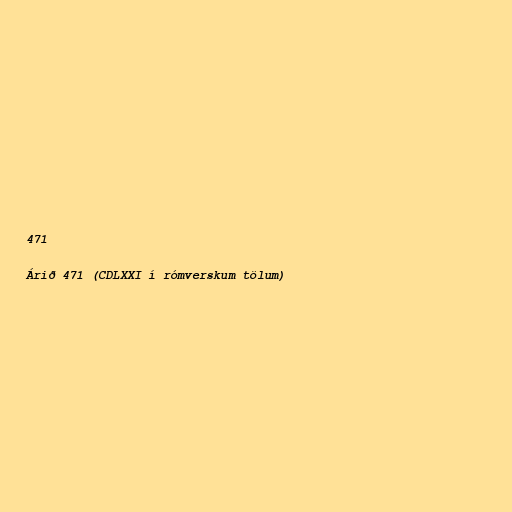
471

Árið 471 (CDLXXI í rómverskum tölum)